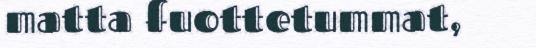
matta fuottetummat,